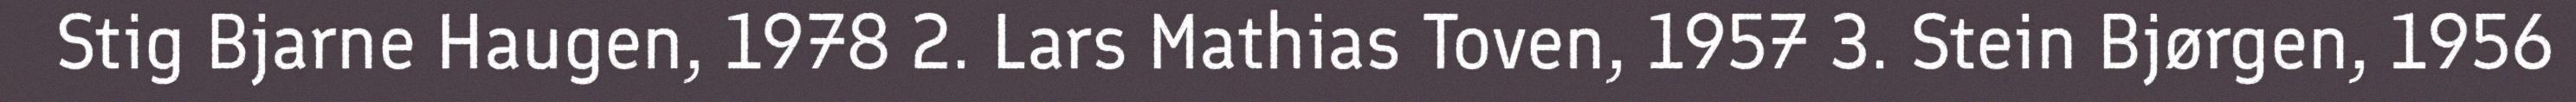
Stig Bjarne Haugen, 1978 2. Lars Mathias Toven, 1957 3. Stein Bjørgen, 1956